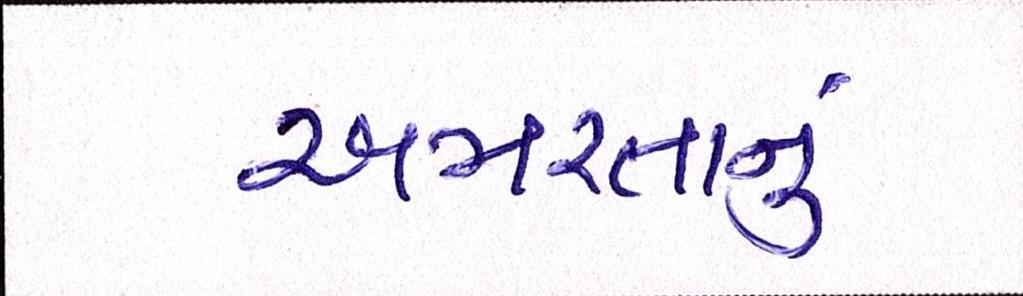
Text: અમરતાનું